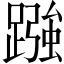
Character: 𮜓